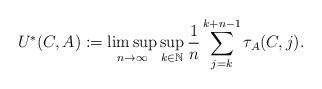
LaTeX: \begin{align*}U^*(C,A) := \limsup_{n \rightarrow \infty} \sup_{k \in \mathbb{N}} \frac{1}{n} \sum_{j=k}^{k+n-1} \tau_A(C,j).\end{align*}